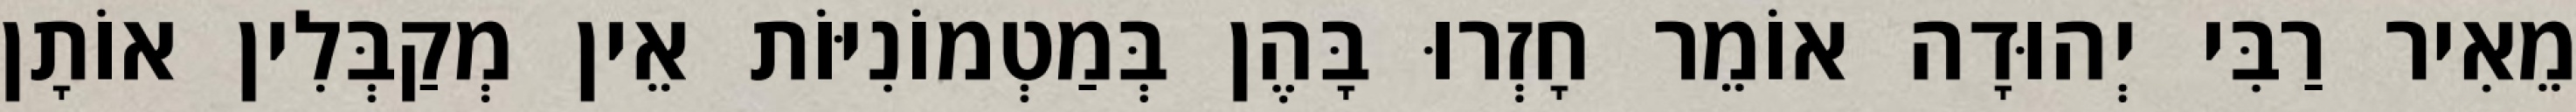
מֵאִיר רַבִּי יְהוּדָה אוֹמֵר חָזְרוּ בָּהֶן בְּמַטְמוֹנִיּוֹת אֵין מְקַבְּלִין אוֹתָן